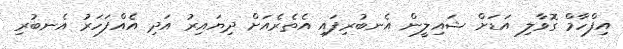
އިފްހާމް ގޮވާލި އަޑަށް ޝައިލީން އެނބުރިފައި އެތެރެއަށް ދިޔައިރު އަދި އެއްފަހަރު އެނބުރި